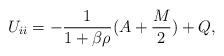
LaTeX: \begin{align*}U_{ii} = - \frac{1}{1 + \beta \rho} (A + \frac{M}{2}) + Q,\end{align*}